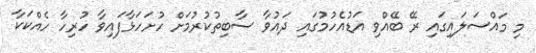
މި މައްސަލައިގައި ރޭ ބޭއްވި އަޑުއެހުމުގައި ދައުވާ ސާބިތުކުރުމަށް ހުށަހަަޅާފައިވާ ހުރިހާ ހެއްކަކާ